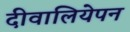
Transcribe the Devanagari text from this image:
दीवालियेपन